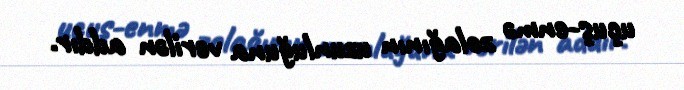
uçuş-enmə zolağının uzunluğuna verilən addır.